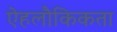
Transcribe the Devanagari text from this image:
ऐहलौकिकता